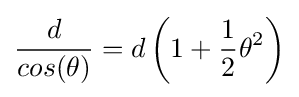
{\frac {d}{cos(\theta )}}=d\left(1+{\frac {1}{2}}\theta ^{2}\right)